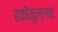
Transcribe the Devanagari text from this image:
हकीमुल्लाह